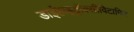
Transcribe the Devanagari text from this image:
डाईहाइड्रॉक्सीविटामिन